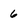
Character: 6